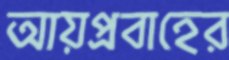
আয়প্রবাহের